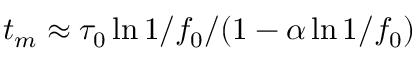
t _ { m } \approx \tau _ { 0 } \ln { 1 / f _ { 0 } } / ( 1 - \alpha \ln { 1 / f _ { 0 } } )